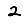
Digit: 2